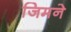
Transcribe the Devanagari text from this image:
जिमने